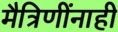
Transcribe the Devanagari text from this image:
मैत्रिणींनाही